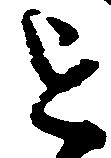
を